Report on the working of the Ranchi Indian Mental Hospital, Kanke, in Bihar and Orissa - 1930-1940
Year: 1930
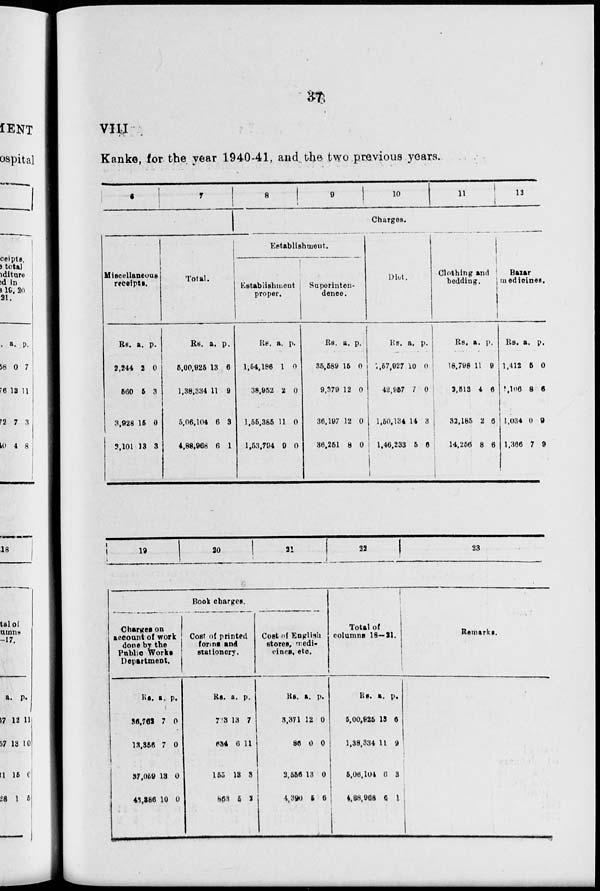
37
VIII
Kanke, for the year 1940-41, and the two previous years.
6
7
Miscellaneous
receipts.
Rs.
2,244
560
3,928
2,101
a.
2
5
15
13
p.
0
3
0
3
Total.
Rs.
5,00,925
1,38,334
5,06,104
4,88,968
a.
13
11
6
6
p.
6
9
3
1
8
9
10
11
13
Charges.
Establishment.
Establishment
proper.
Rs.
1,54,186
38,952
1,55,385
1,53,794
a.
1
2
11
9
p.
0
0
0
0
Superinten-
dence.
Rs.
35,589
9,379
36,197
36,251
a.
15
12
12
8
p.
0
0
0
0
Diet.
Rs.
57,927
42,957
1,50,134
1,46,233
a.
10
7
14
5
p.
0
0
3
6
Clothing and
bedding.
Rs.
18,798
2,513
33,185
14,256
a.
11
4
2
8
p.
9
6
6
6
Bazar
medicines.
Rs.
1,412
1,106
1,034
1,366
a.
5
8
0
7
p.
0
6
9
9
19
20
21
22
23
Book charges.
Charges on
account of work
done by the
Public Works
Department.
Rs.
36,762
13,356
37,059
43,386
a.
7
7
13
10
p.
0
0
0
0
Cost of printed
forms and
stationery.
Rs.
723
634
155
863
a.
13
6
13
5
p.
7
11
3
2
Cost of English
stores, medi-
cines, etc.
Rs.
3,371
86
3,556
4,390
a.
12
0
13
5
p.
0
0
0
6
Total of
columns 18—21.
Rs.
5,00,925
1,38,334
5,06,104
4,88,968
a.
13
11
6
6
p.
6
9
3
1
Remarks.